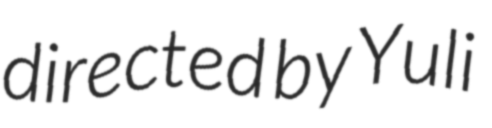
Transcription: directed by Yuli